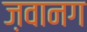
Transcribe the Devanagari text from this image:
ज़वानग